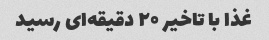
غذا با تاخیر ۲۰ دقیقه‌ای رسید